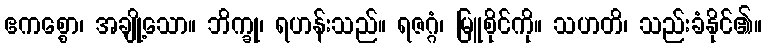
ဧကစ္စော၊ အချို့သော။ ဘိက္ခု၊ ရဟန်းသည်။ ရဇဂ္ဂံ၊ မြူစိုင်ကို။ သဟတိ၊ သည်းခံနိုင်၏။